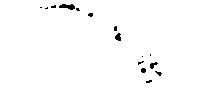
へ